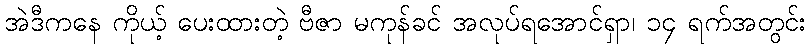
အဲဒီကနေ ကိုယ့် ပေးထားတဲ့ ဗီဇာ မကုန်ခင် အလုပ်ရအောင်ရှာ၊ ၁၄ ရက်အတွင်း